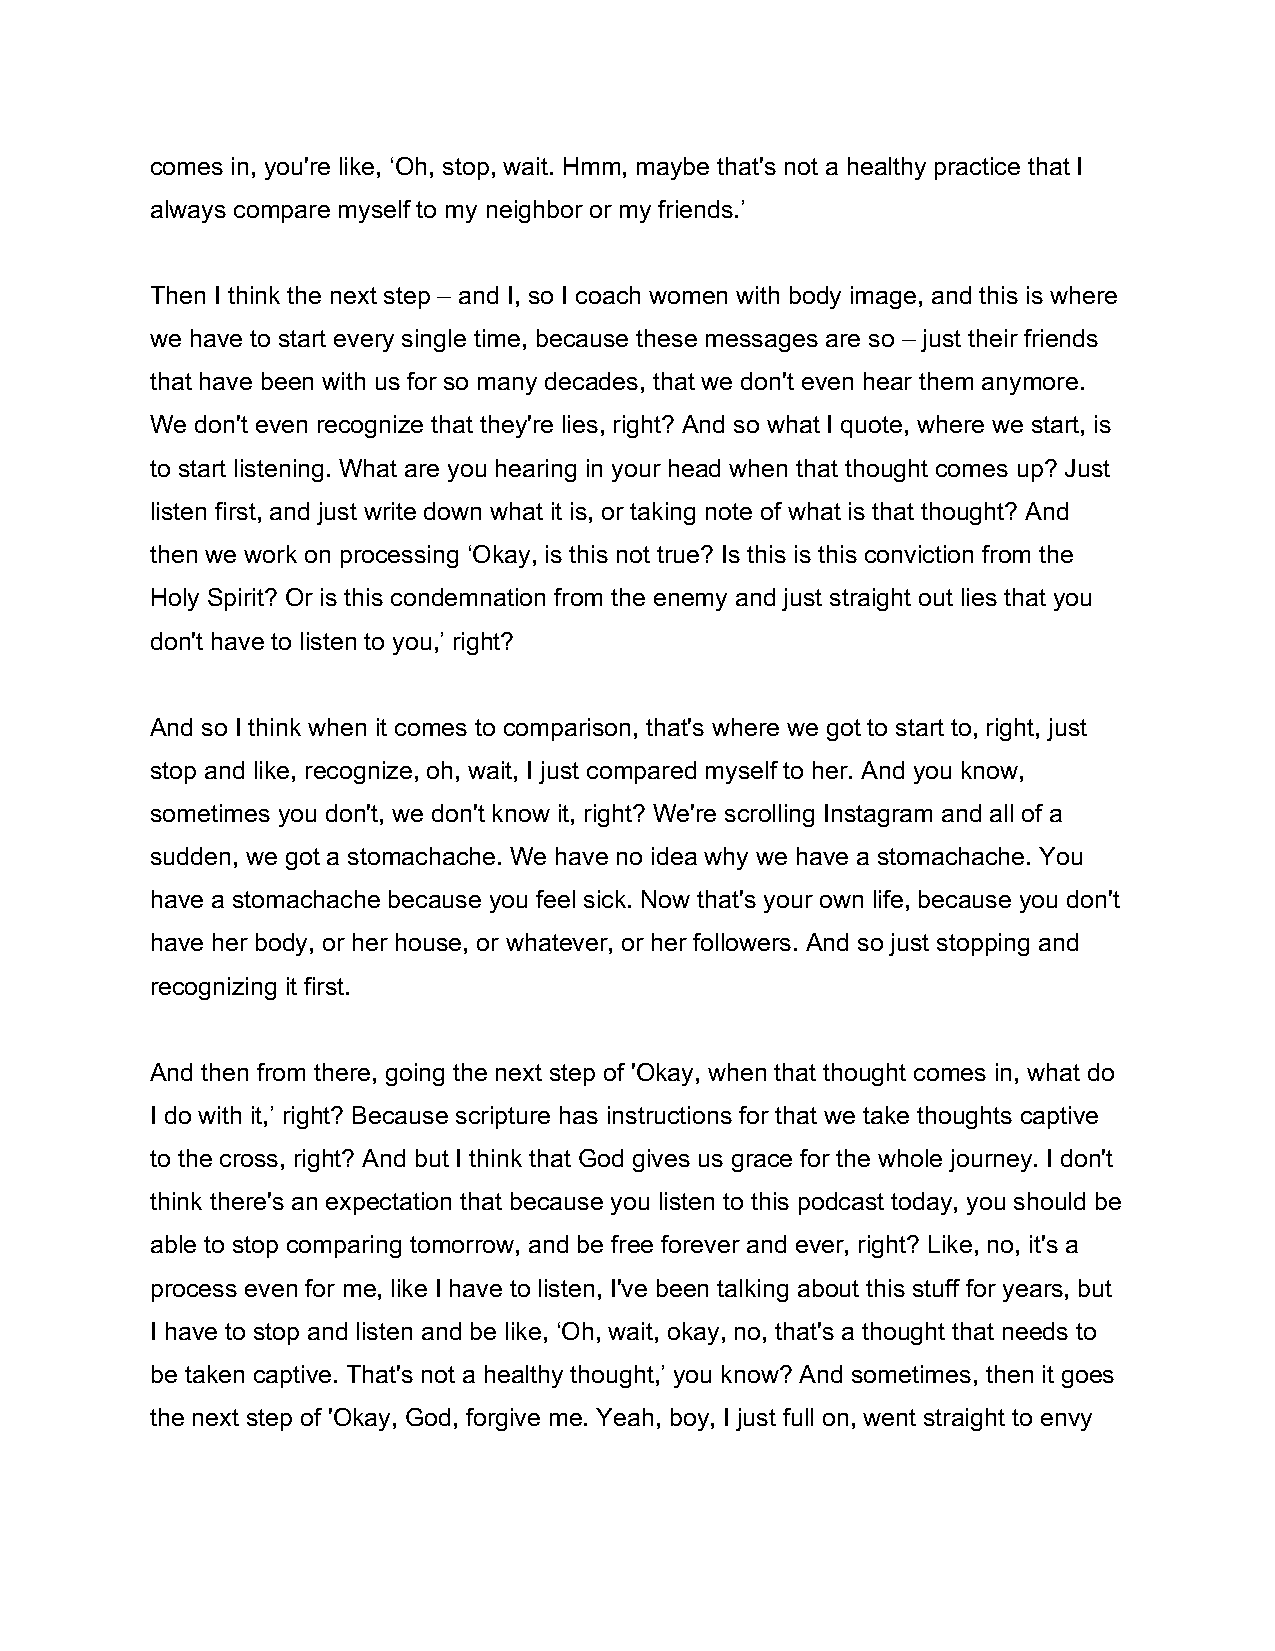
comes in, you're like, ‘Oh, stop, wait. Hmm, maybe that's not a healthy practice that I
 always compare myself to my neighbor or my friends.’
 Then I think the next step – and I, so I coach women with body image, and this is where
 we have to start every single time, because these messages are so – just their friends
 that have been with us for so many decades, that we don't even hear them anymore.
 We don't even recognize that they're lies, right? And so what I quote, where we start, is
 to start listening. What are you hearing in your head when that thought comes up? Just
 listen first, and just write down what it is, or taking note of what is that thought? And
 then we work on processing ‘Okay, is this not true? Is this is this conviction from the
 Holy Spirit? Or is this condemnation from the enemy and just straight out lies that you
 don't have to listen to you,’ right?
 And so I think when it comes to comparison, that's where we got to start to, right, just
 stop and like, recognize, oh, wait, I just compared myself to her. And you know,
 sometimes you don't, we don't know it, right? We're scrolling Instagram and all of a
 sudden, we got a stomachache. We have no idea why we have a stomachache. You
 have a stomachache because you feel sick. Now that's your own life, because you don't
 have her body, or her house, or whatever, or her followers. And so just stopping and
 recognizing it first.
 And then from there, going the next step of 'Okay, when that thought comes in, what do
 I do with it,’ right? Because scripture has instructions for that we take thoughts captive
 to the cross, right? And but I think that God gives us grace for the whole journey. I don't
 think there's an expectation that because you listen to this podcast today, you should be
 able to stop comparing tomorrow, and be free forever and ever, right? Like, no, it's a
 process even for me, like I have to listen, I've been talking about this stuff for years, but
 I have to stop and listen and be like, ‘Oh, wait, okay, no, that's a thought that needs to
 be taken captive. That's not a healthy thought,’ you know? And sometimes, then it goes
 the next step of 'Okay, God, forgive me. Yeah, boy, I just full on, went straight to envy